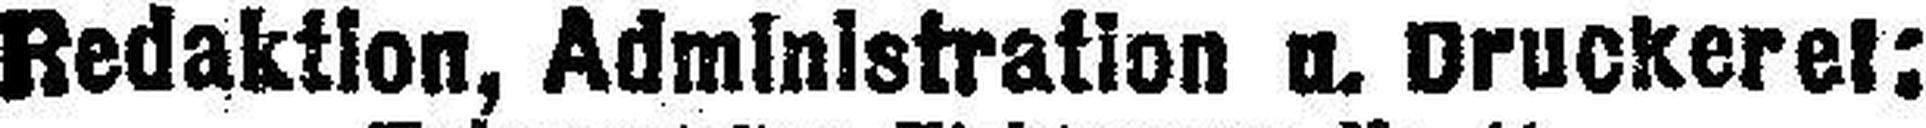
Redaktion, Administration u. Druckerei: